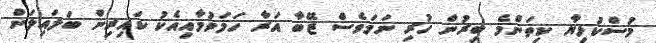
މުސްކުޅިޔާ ކިތަންމެ ބިރުން ހުރި ނަމަވެސް ޒޭބާ އަރާ ހަމަވުމާއިއެކު ކައިރިން ބަލައިލަން